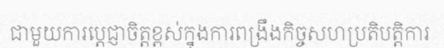
ជាមួយការប្តេជ្ញាចិត្តខ្ពស់ក្នុងការពង្រឹងកិច្ចសហប្រតិបត្តិការ